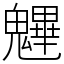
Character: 魓